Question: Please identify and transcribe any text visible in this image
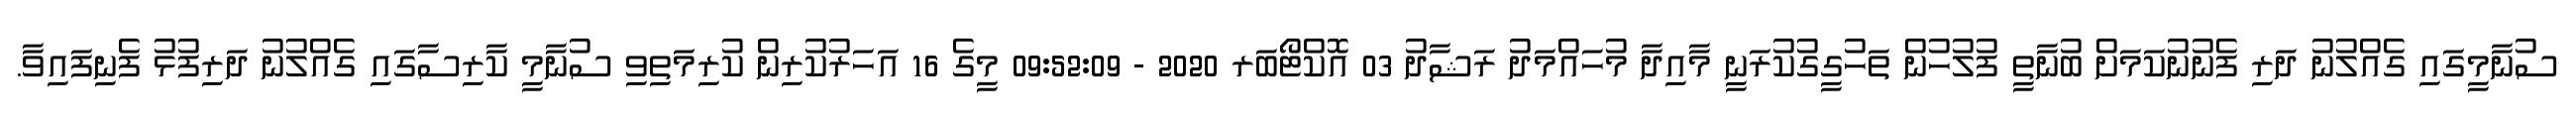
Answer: ސުނާމީގައި ގެއްލުނު ދަރި ފެނުނުކަމަށް ބުނާތީ ފުލުހުން ތަހުގީގުކުރަނީ މާއިދާ މުހައްމަދު ރަޝާދު 03 އޮކްޓޯބަރ 2020 - 09:52:09 މީގެ 16 އަހަރުކުރިން ކުރިމަތިވި ސުނާމީ ކާރިސާގައި ގެއްލުނު ދަރިފުޅު ފެނިފައިވާ.